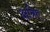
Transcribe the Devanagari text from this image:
क्षत्रिए